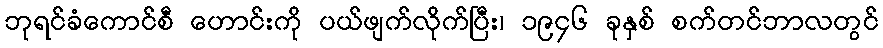
ဘုရင်ခံကောင်စီ ဟောင်းကို ပယ်ဖျက်လိုက်ပြီး၊ ၁၉၄၆ ခုနှစ် စက်တင်ဘာလတွင်